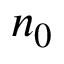
n _ { 0 }